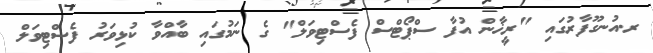
ރ.އުނގޫފާރުގައި "ރީޚާން އުފާ ސްޕޯޓްސް ފެސްޓިވަލް" ގެ ނަމުގައި ބާއްވާ ކުޅިވަރު ފެސްޓިވަލް